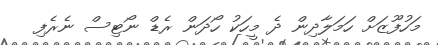
މަހުފޫޒަށް ހަމަލާދިން ދެ މީހަކު ހޯދަން ރެޑް ނޯޓިސް ނެރެފި